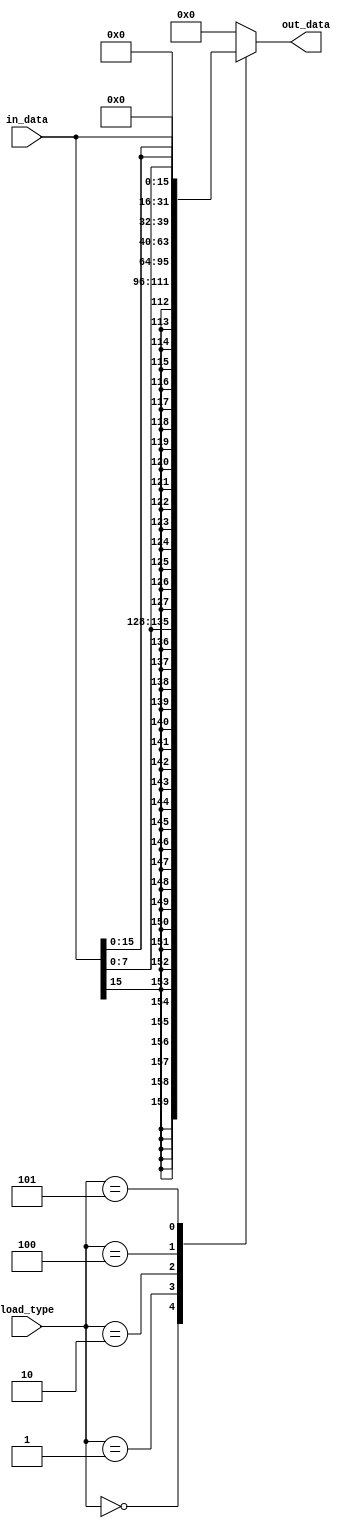
module load_type_generator( load_type,in_data,out_data );
input[2:0] load_type;
input[31:0] in_data;
output[31:0] out_data;
reg[31:0] out_data;

always@(*) begin
case(load_type)
    3'b000:out_data={{24{in_data[15]}},in_data[7:0]};
    3'b001:out_data={{16{in_data[15]}},in_data[15:0]};
    3'b010:out_data=in_data;
    3'b100:out_data={{24{1'b0}},in_data[7:0]};
    3'b101:out_data={{16{1'b0}},in_data[15:0]};
    default:out_data=8'h00000000;
endcase
end
//<statements>
endmodule